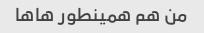
من هم همینطور هاها